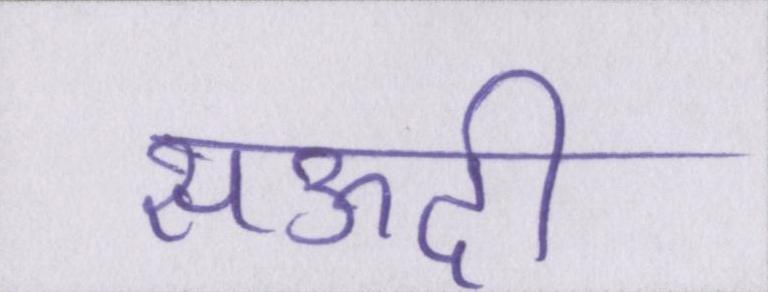
सऊदी